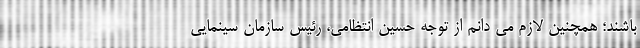
باشند؛ همچنین لازم می دانم از توجه حسین انتظامی، رئیس سازمان سینمایی